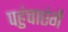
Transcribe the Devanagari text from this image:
पहुंचाएंगें